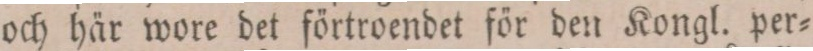
och här wore det förtroendet för den Kongl. per=